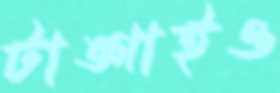
টাঙ্গাইও